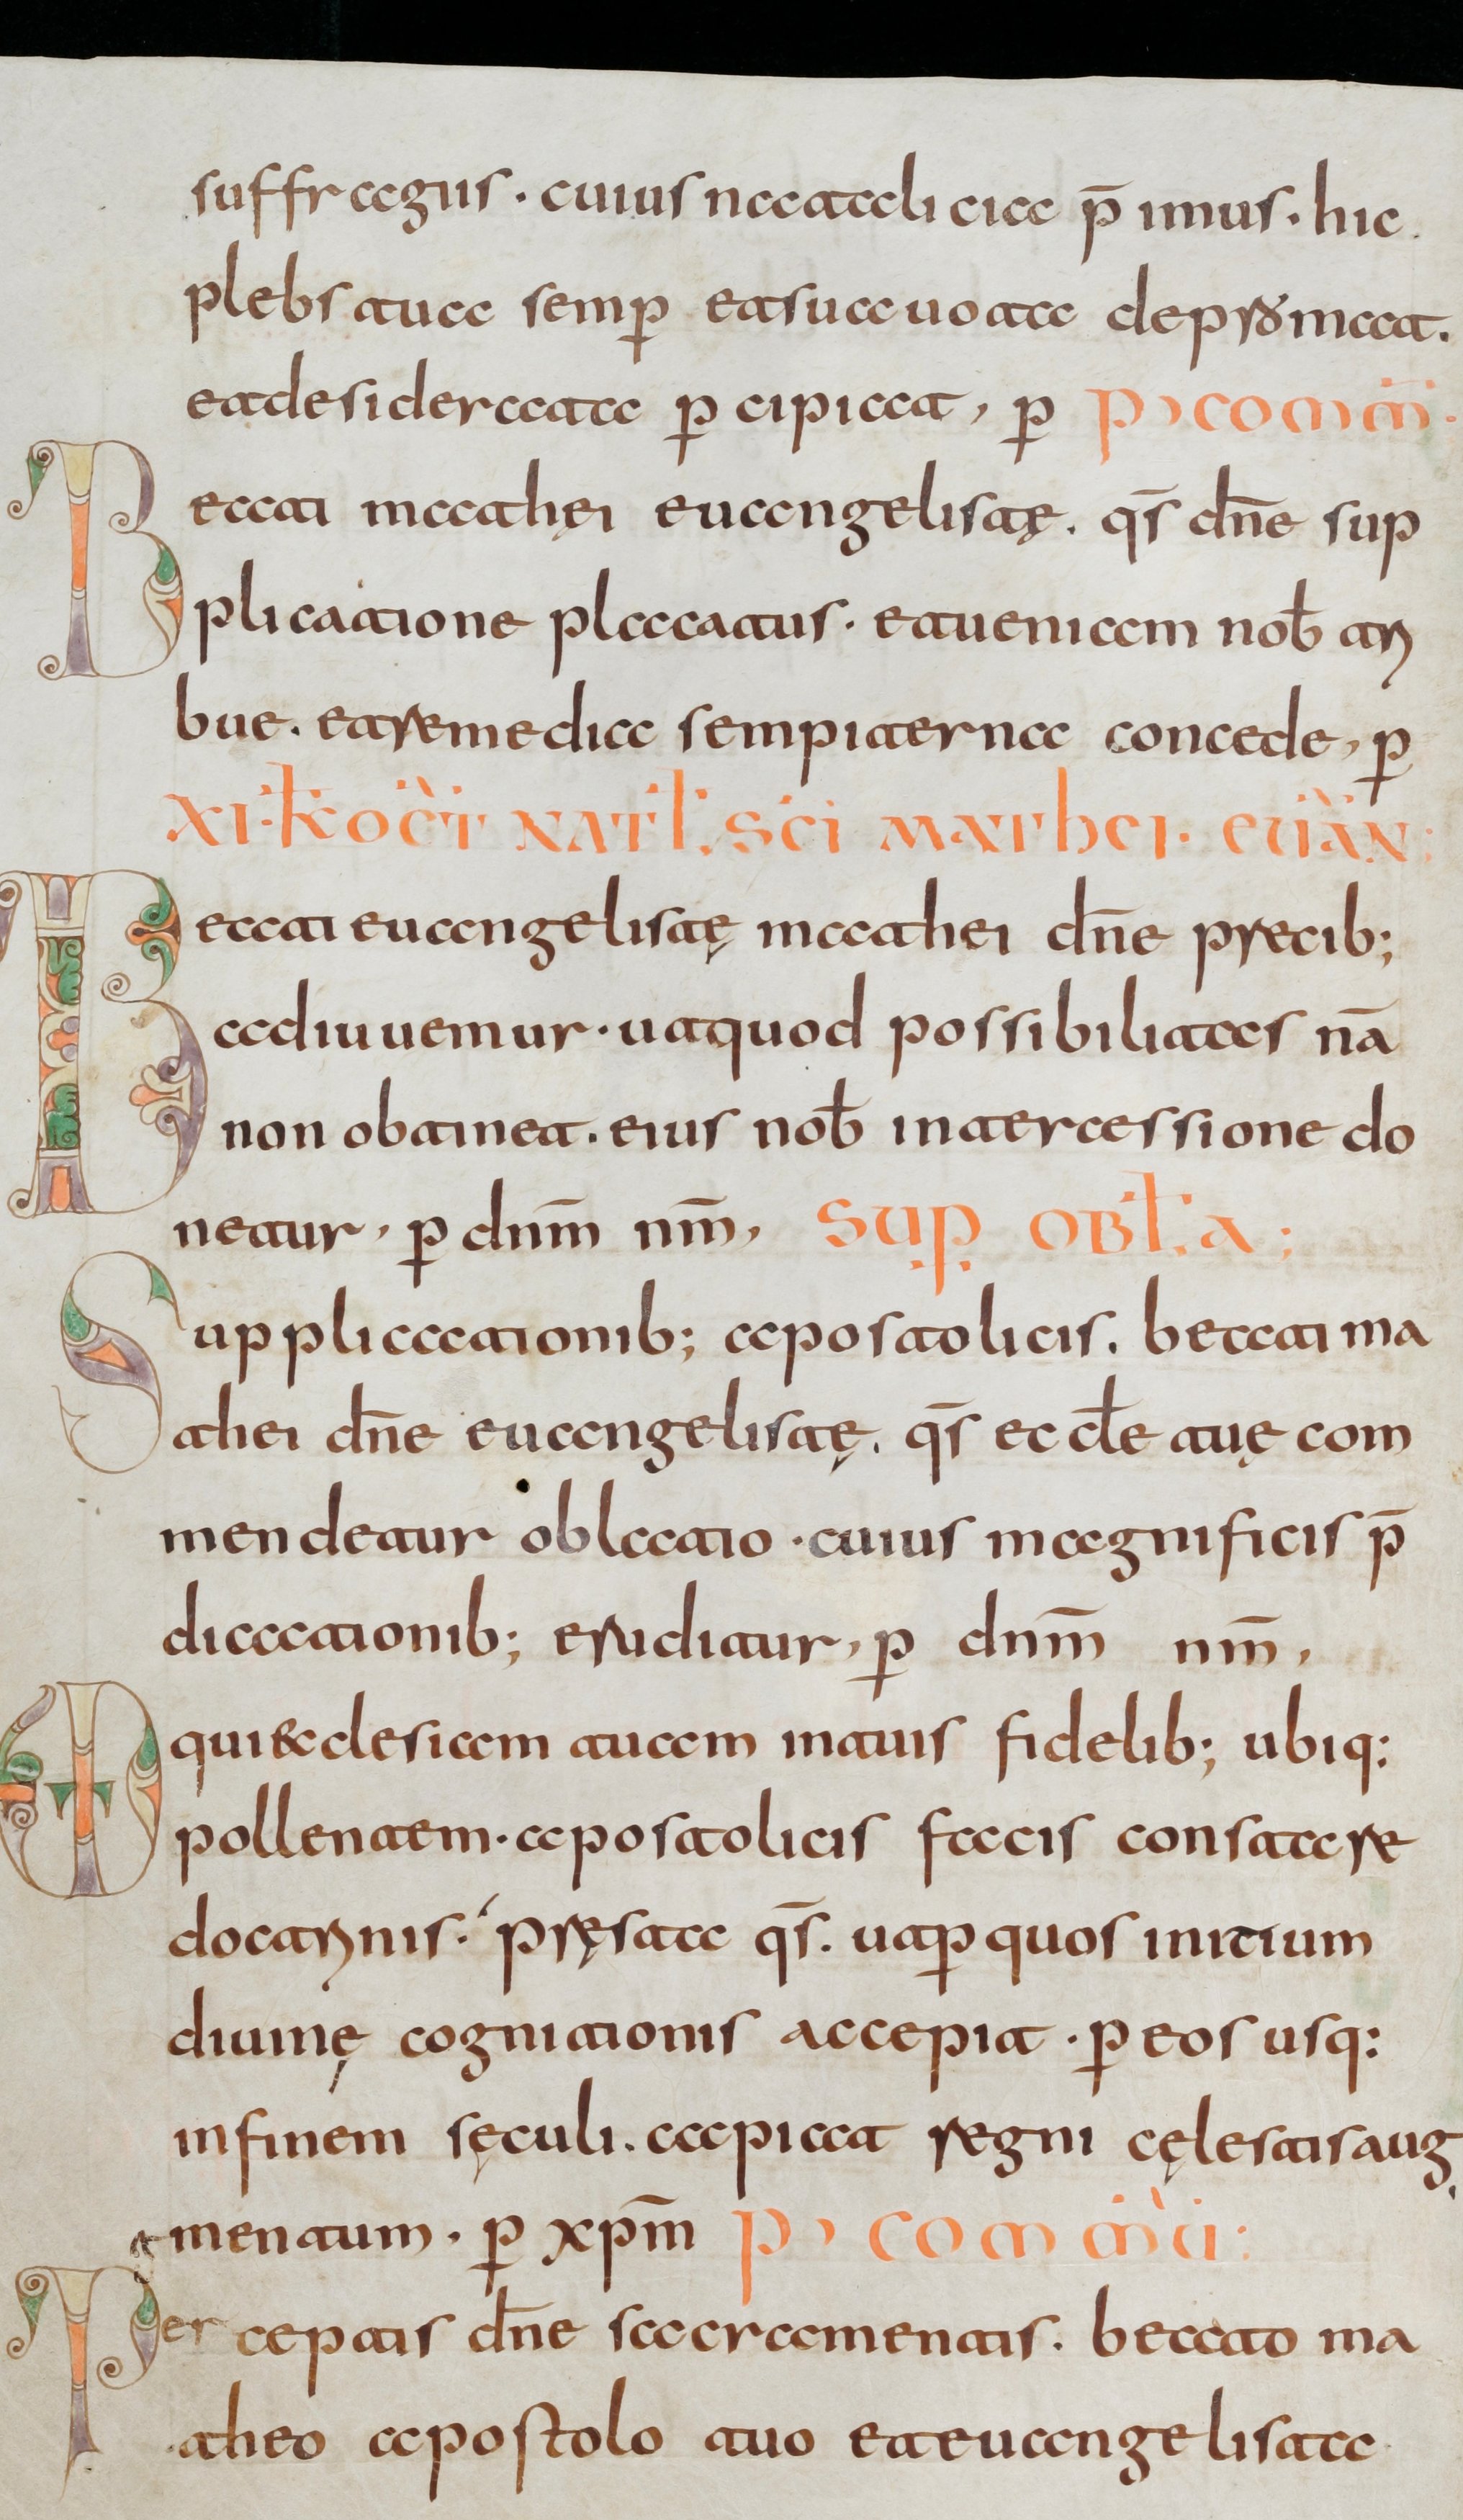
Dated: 800–830